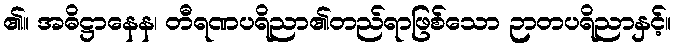
၏။ အဓိဋ္ဌာနေန၊ တီရဏပရိညာ၏တည်ရာဖြစ်သော ဉာတပရိညာနှင့်။